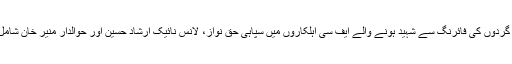
دہشت گردوں کی فائرنگ سے شہید ہونے والے ایف سی اہلکاروں میں سپاہی حق نواز، لانس نائیک ارشاد حسین اور حوالدار منیر خان شامل تھے۔